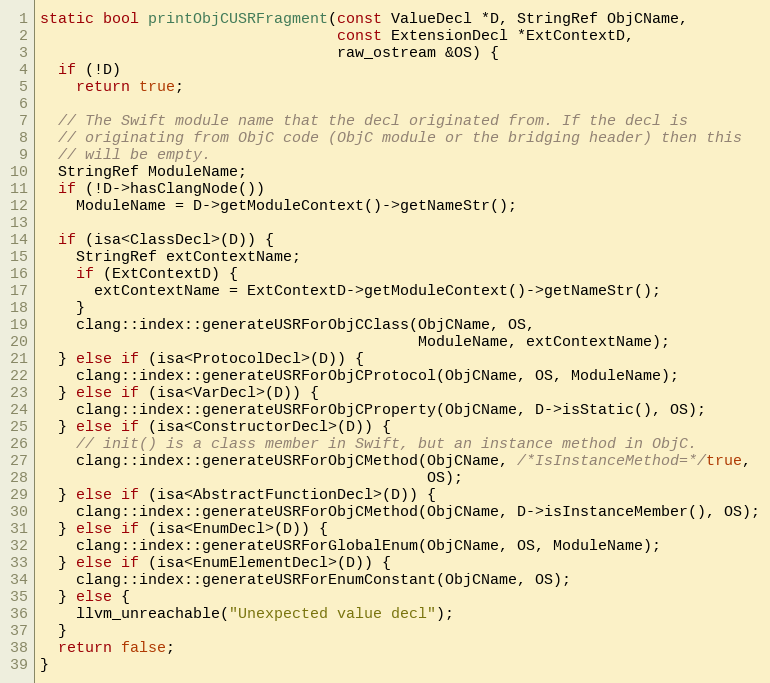
Language: C++
static bool printObjCUSRFragment(const ValueDecl *D, StringRef ObjCName,
                                 const ExtensionDecl *ExtContextD,
                                 raw_ostream &OS) {
  if (!D)
    return true;

  // The Swift module name that the decl originated from. If the decl is
  // originating from ObjC code (ObjC module or the bridging header) then this
  // will be empty.
  StringRef ModuleName;
  if (!D->hasClangNode())
    ModuleName = D->getModuleContext()->getNameStr();

  if (isa<ClassDecl>(D)) {
    StringRef extContextName;
    if (ExtContextD) {
      extContextName = ExtContextD->getModuleContext()->getNameStr();
    }
    clang::index::generateUSRForObjCClass(ObjCName, OS,
                                          ModuleName, extContextName);
  } else if (isa<ProtocolDecl>(D)) {
    clang::index::generateUSRForObjCProtocol(ObjCName, OS, ModuleName);
  } else if (isa<VarDecl>(D)) {
    clang::index::generateUSRForObjCProperty(ObjCName, D->isStatic(), OS);
  } else if (isa<ConstructorDecl>(D)) {
    // init() is a class member in Swift, but an instance method in ObjC.
    clang::index::generateUSRForObjCMethod(ObjCName, /*IsInstanceMethod=*/true,
                                           OS);
  } else if (isa<AbstractFunctionDecl>(D)) {
    clang::index::generateUSRForObjCMethod(ObjCName, D->isInstanceMember(), OS);
  } else if (isa<EnumDecl>(D)) {
    clang::index::generateUSRForGlobalEnum(ObjCName, OS, ModuleName);
  } else if (isa<EnumElementDecl>(D)) {
    clang::index::generateUSRForEnumConstant(ObjCName, OS);
  } else {
    llvm_unreachable("Unexpected value decl");
  }
  return false;
}